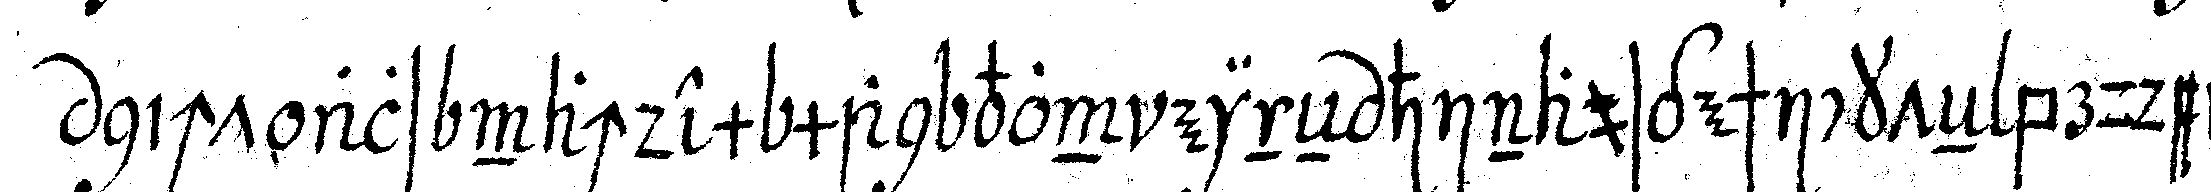
nicht als nachdem man von eineN hinausgeschickteN bruder